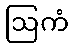
ဩကံ